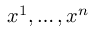
x ^ { 1 } , \ldots , x ^ { n }